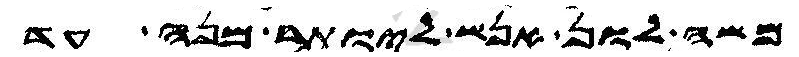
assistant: משה לון אנש ליותר מנה עד